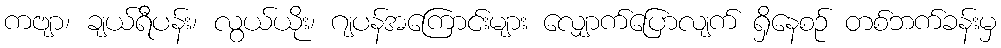
ကဗျာ၊ ချယ်ရီပန်း၊ လွယ်ယိုး၊ ဂျပန်အကြောင်းများ လျှောက်ပြောလျက် ရှိနေစဉ် တစ်ဘက်ခန်းမှ